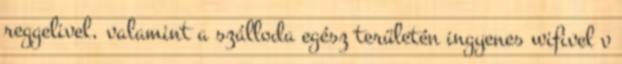
reggelivel, valamint a szálloda egész területén ingyenes wifivel v